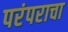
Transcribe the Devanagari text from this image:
परंपराचा